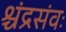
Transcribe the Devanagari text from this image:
श्चंद्रसंवः